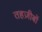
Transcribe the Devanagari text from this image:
तहज़ीबों